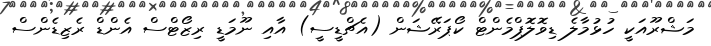
މަޝްރޫއަކީ ހުޅުމާލެ ޑިވޮލޮޕްމެންޓް ކޯޕަރޭޝަން (އެޗްޑީސީ) އާއި ނޫމަޑީ ރިޒޯޓްސް އެންޑް ރެޒިޑެންސް